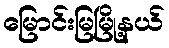
မြောင်းမြမြို့နယ်